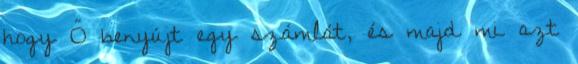
hogy Ő benyújt egy számlát, és majd mi azt